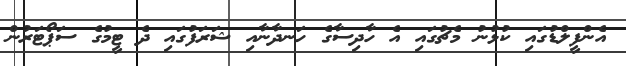
އެންފީލްޑުގައި ކުޅުނު މެޗުގައި އެ ހާދިސާގެ ހަނދާނާއި ޝަރަފުގައި ދެ ޓީމުގެ ސަޕޯޓަރުން